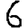
Digit: 6